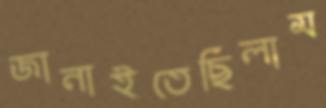
জানাইতেছিলাম